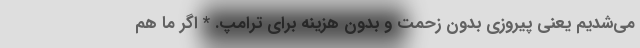
می‌شدیم یعنی پیروزی بدون زحمت و بدون هزینه برای ترامپ. * اگر ما هم